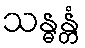
သန္ဓန္တံ